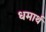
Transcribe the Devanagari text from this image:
धमार्थ